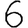
Digit: 6